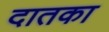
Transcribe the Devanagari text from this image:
दातका